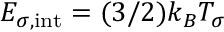
{ \cal E } _ { \sigma , \mathrm { i n t } } = ( 3 / 2 ) k _ { B } { \cal T } _ { \sigma }